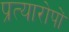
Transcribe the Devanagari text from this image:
प्रत्यारोपों